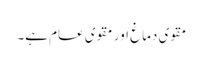
مقوی دماغ اور مقوی عام ہے۔